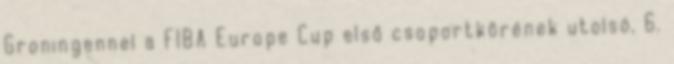
Groningennel a FIBA Europe Cup első csoportkörének utolsó, 6.